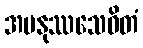
အမနုဿသေဝိတံ